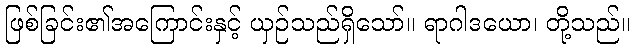
ဖြစ်ခြင်း၏အကြောင်းနှင့် ယှဉ်သည်ရှိသော်။ ရာဂါဒယော၊ တို့သည်။